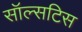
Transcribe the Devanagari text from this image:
सॉल्सटिस